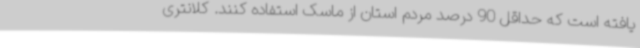
یافته است که حداقل 90 درصد مردم استان از ماسک استفاده کنند. کلانتری